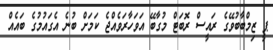
ޕީ ޒިމްބާބުވޭގެ ރައީސް ރޮބަޓް މުގާބޭ އަވަހާރަވެއްޖެ ކަމަށް ބުނެ އެގައުމުގެ ބައެއް